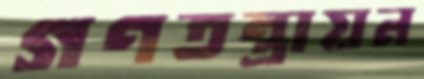
গণতন্ত্রায়ন